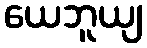
ယေဘူယျ